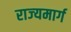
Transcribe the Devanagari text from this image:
राज्‍यमार्ग